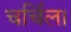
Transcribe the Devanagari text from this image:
चर्चिल।